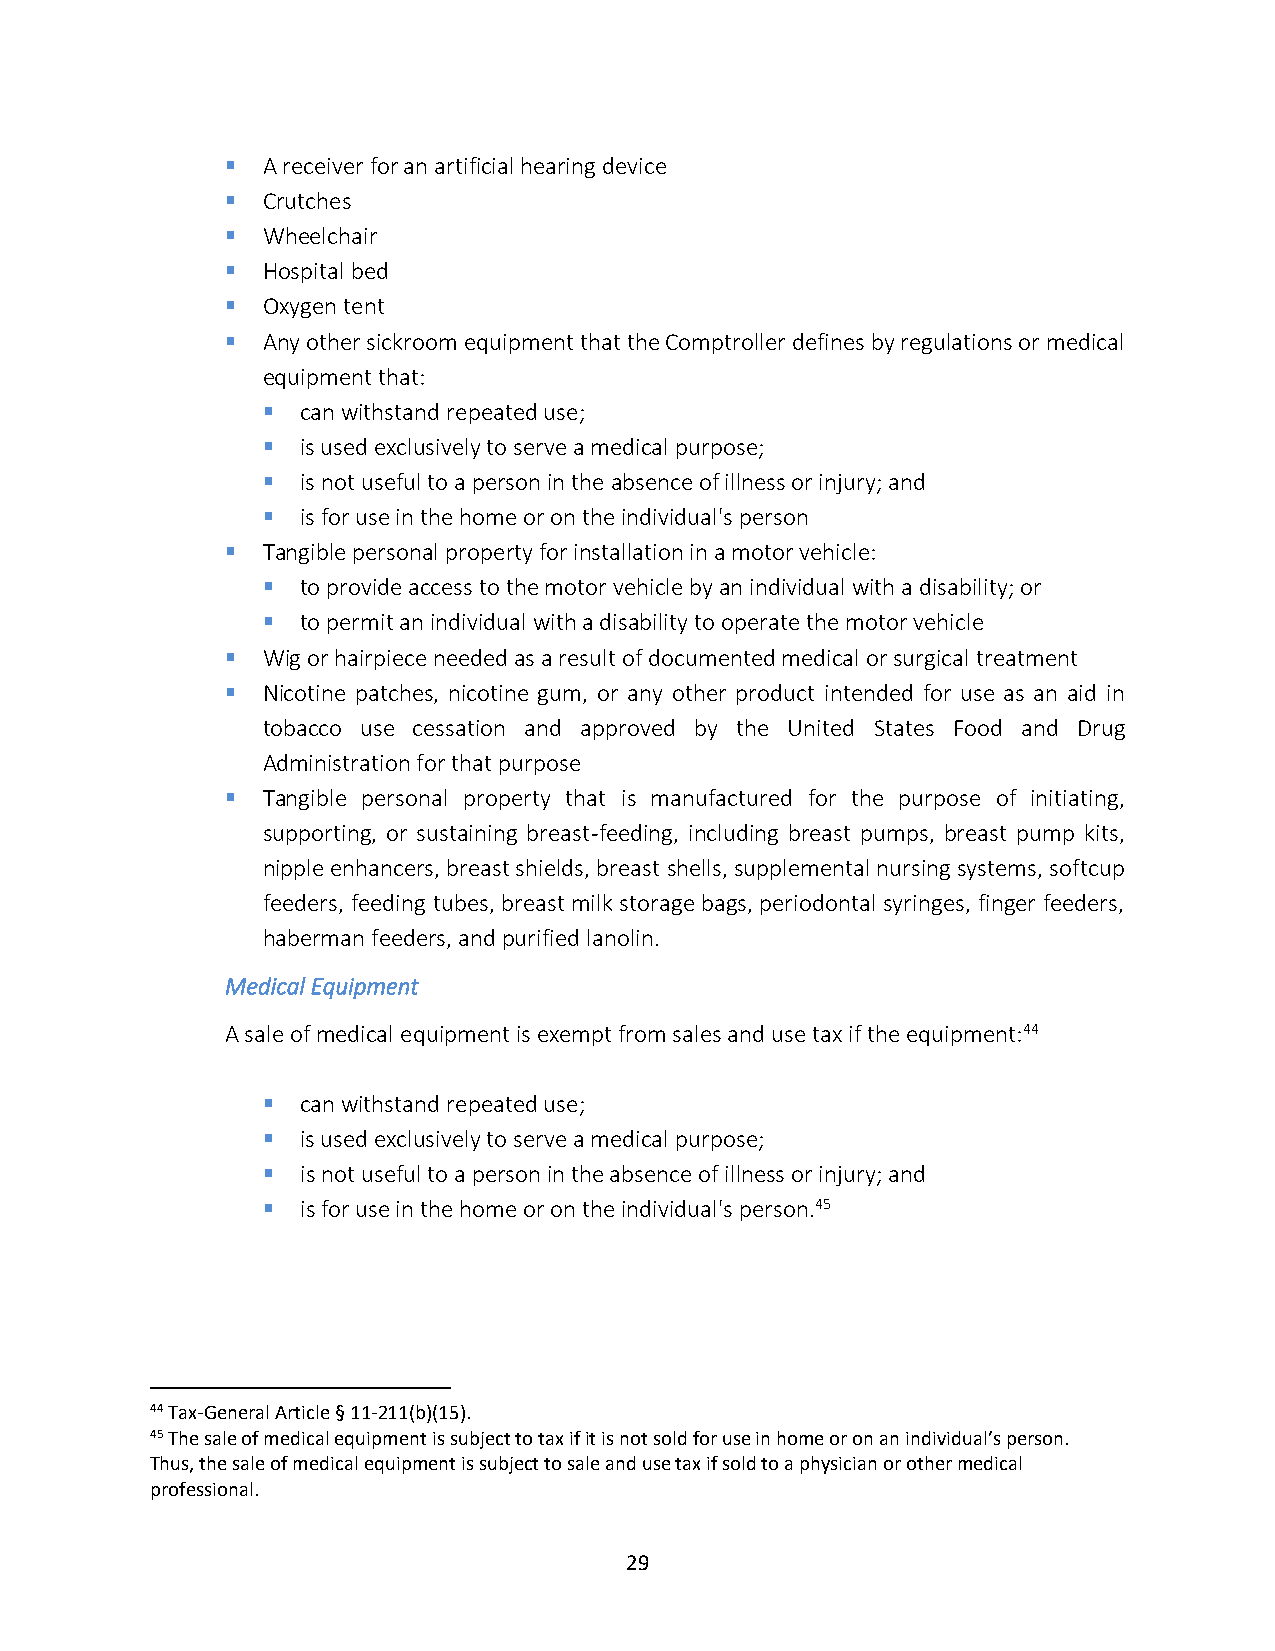
▪ A receiver for an artificial hearing device
 ▪ Crutches
 ▪ Wheelchair
 ▪ Hospital bed
 ▪ Oxygen tent
 ▪ Any other sickroom equipment that the Comptroller defines by regulations or medical
 equipment that:
 ▪  can withstand repeated use;
 ▪  is used exclusively to serve a medical purpose;
 ▪  is not useful to a person in the absence of illness or injury; and
 ▪  is for use in the home or on the individual's person
 ▪ Tangible personal property for installation in a motor vehicle:
 ▪  to provide access to the motor vehicle by an individual with a disability; or
 ▪  to permit an individual with a disability to operate the motor vehicle
 ▪ Wig or hairpiece needed as a result of documented medical or surgical treatment
 ▪ Nicotine patches, nicotine gum, or any other product intended for use as an aid in
 tobacco use cessation and approved by the United States Food and Drug
 Administration for that purpose
 ▪ Tangible personal property that is manufactured for the purpose of initiating,
 supporting, or sustaining breast-feeding, including breast pumps, breast pump kits,
 nipple enhancers, breast shields, breast shells, supplemental nursing systems, softcup
 feeders, feeding tubes, breast milk storage bags, periodontal syringes, finger feeders,
 haberman feeders, and purified lanolin.
 Medical Equipment
 A sale of medical equipment is exempt from sales and use tax if the equipment:44
 ▪  can withstand repeated use;
 ▪  is used exclusively to serve a medical purpose;
 ▪  is not useful to a person in the absence of illness or injury; and
 ▪  is for use in the home or on the individual's person.45
 44 Tax-General Article § 11-211(b)(15).
 45 The sale of medical equipment is subject to tax if it is not sold for use in home or on an individual’s person.
 Thus, the sale of medical equipment is subject to sale and use tax if sold to a physician or other medical
 professional.
 29